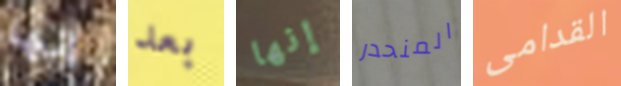
إنها بعد إنها المنحدر القدامى